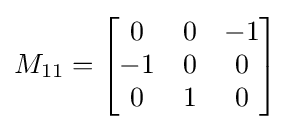
M_{11}={\begin{bmatrix}0&0&-1\\-1&0&0\\0&1&0\end{bmatrix}}